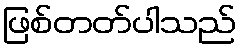
ဖြစ်တတ်ပါသည်